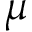
\mu